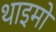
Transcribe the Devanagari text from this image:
थाइमो